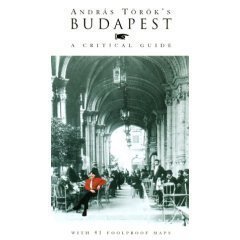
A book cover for Budapest, A Critical Guide; Andras Torok; Travel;